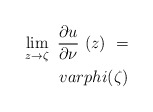
\begin{align*} \lim\limits_{z\to\zeta}\ \frac{\partial u}{\partial \nu}\ (z)\ =\\varphi(\zeta)\end{align*}